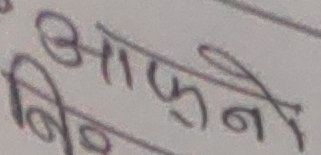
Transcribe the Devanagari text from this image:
आफ्नो